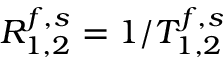
R _ { 1 , 2 } ^ { f , s } = 1 / T _ { 1 , 2 } ^ { f , s }